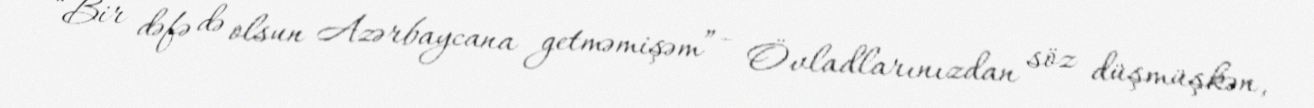
“Bir dəfə də olsun Azərbaycana getməmişəm” - Övladlarınızdan söz düşmüşkən,